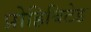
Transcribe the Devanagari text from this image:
प्रोहिबिटेड